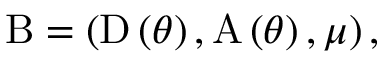
\mathrm { B } = \left( \mathrm { D } \left( \theta \right) , \mathrm { A } \left( \theta \right) , \mu \right) ,